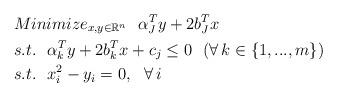
LaTeX: \begin{align*} &Minimize_{x,y\in\mathbb{R}^{n}}\ \ \alpha_J^Ty+2b_J^Tx\\ &s.t.\ \ \alpha_k^Ty+2b_k^Tx+c_j \le 0\ \ (\forall\,k\in\{1,...,m\})\\ &s.t.\ \ x_i^2-y_i = 0,\ \ \forall\,i \end{align*}